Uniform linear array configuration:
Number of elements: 32
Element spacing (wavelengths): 1
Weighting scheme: binomial
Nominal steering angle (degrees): -30
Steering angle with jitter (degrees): -28.93
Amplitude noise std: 0.05
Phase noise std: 0.05

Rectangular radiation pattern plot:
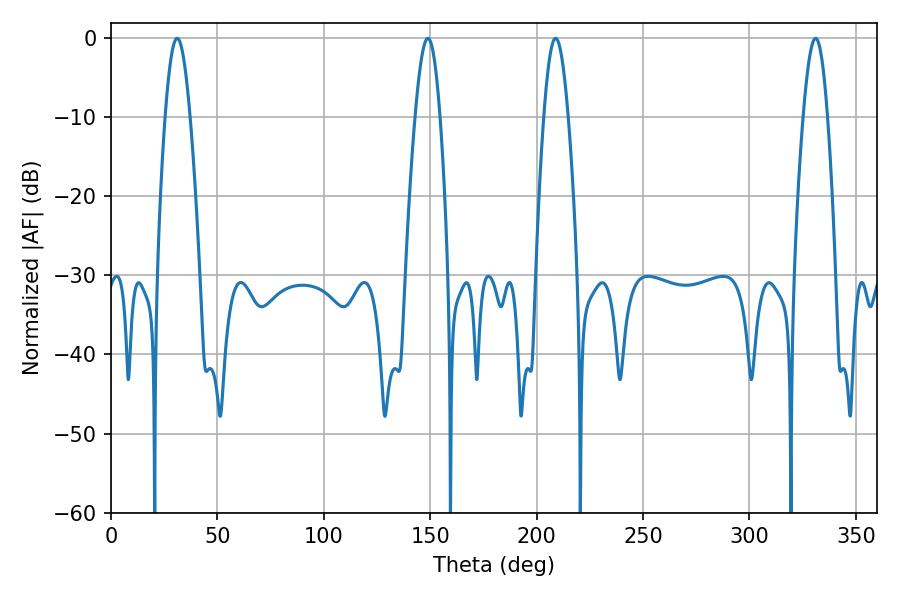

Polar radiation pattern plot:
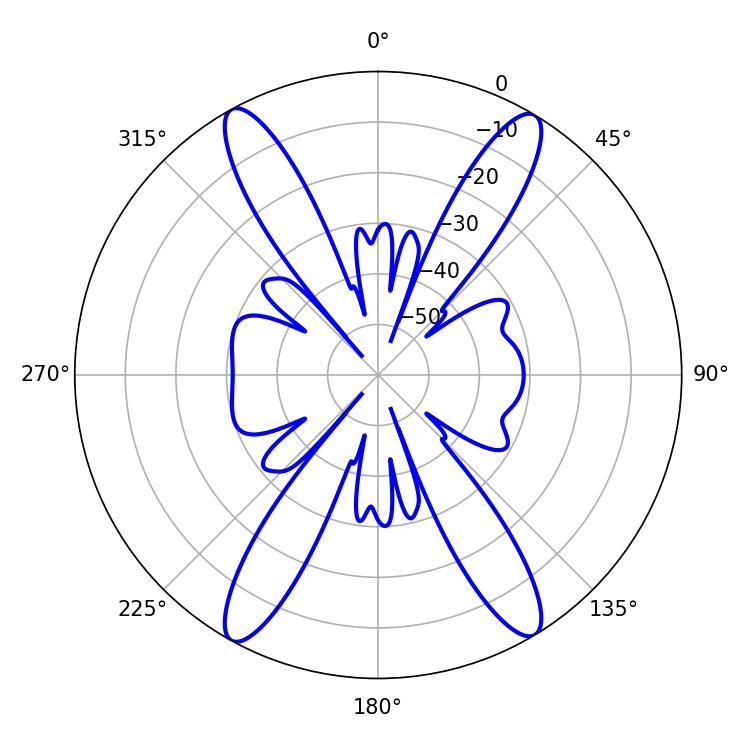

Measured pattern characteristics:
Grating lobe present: TRUE
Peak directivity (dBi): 22.886
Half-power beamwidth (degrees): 6.3
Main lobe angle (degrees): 31.14